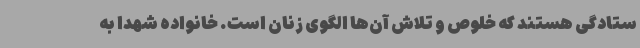
ستادگی هستند که خلوص و تلاش آن‌ها الگوی زنان است. خانواده شهدا به